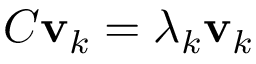
C \mathbf { v } _ { k } = \lambda _ { k } \mathbf { v } _ { k }